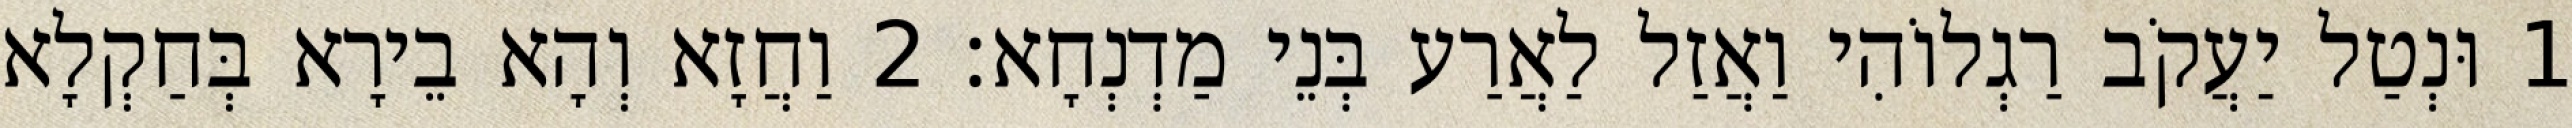
1 וּנְטַל יַעֲקֹב רַגְלוֹהִי וַאֲזַל לַאֲרַע בְּנֵי מַדְנְחָא׃ 2 וַחֲזָא וְהָא בֵירָא בְּחַקְלָא